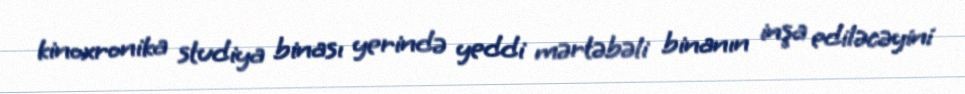
kinoxronika studiya binası yerində yeddi mərtəbəli binanın inşa ediləcəyini